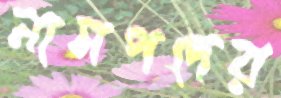
নামপদের